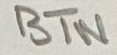
Text: BTN